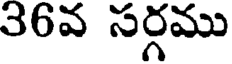
36వ సర్గము